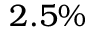
2 . 5 \%